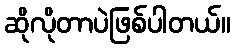
ဆိုလိုတာပဲဖြစ်ပါတယ်။